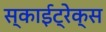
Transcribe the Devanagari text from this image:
स्काईट्रेक्स